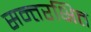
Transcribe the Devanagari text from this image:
सन्तरक्षित